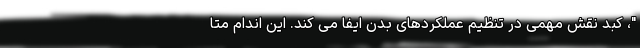
"، کبد نقش مهمی در تنظیم عملکردهای بدن ایفا می کند. این اندام متا